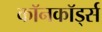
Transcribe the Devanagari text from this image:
कॉनकॉर्ड्स